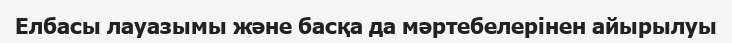
Елбасы лауазымы және басқа да мәртебелерінен айырылуы